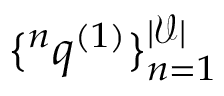
\{ { } ^ { n } q ^ { ( 1 ) } \} _ { n = 1 } ^ { | \mathcal { V } | }